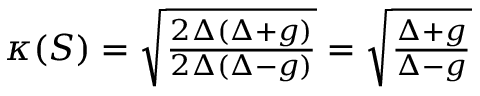
\begin{array} { r } { \kappa ( S ) = \sqrt { \frac { 2 \Delta ( \Delta + g ) } { 2 \Delta ( \Delta - g ) } } = \sqrt { \frac { \Delta + g } { \Delta - g } } } \end{array}